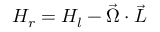
H _ { r } = H _ { l } - \vec { \Omega } \cdot \vec { L }